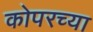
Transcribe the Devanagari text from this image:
कोपरच्या